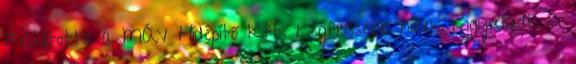
Felújította a MÁV Hídépítő Kft. Legfrissebb hírek Kigyulladt és